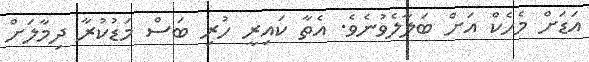
އަޑަށް މެހެކް އަށް ބަލާލެވުނެވެ. އެތާ ކައިރީ ހުރި ބަސް މަޑުކުރާ ދިމާލަށް